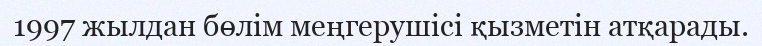
1997 жылдан бөлім меңгерушісі қызметін атқарады.